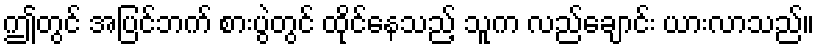
ဤတွင် အပြင်ဘက် စားပွဲတွင် ထိုင်နေသည့် သူက လည်ချောင်း ယားလာသည်။